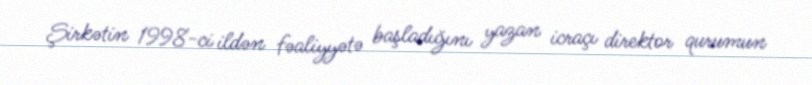
Şirkətin 1998-ci ildən fəaliyyətə başladığını yazan icraçı direktor qurumun